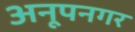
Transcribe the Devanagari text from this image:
अनूपनगर